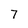
Character: 7